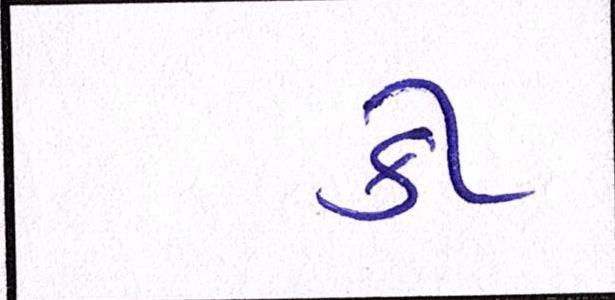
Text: કી